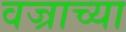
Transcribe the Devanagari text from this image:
वज्राच्या